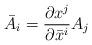
LaTeX: \begin{align*}\bar{A}{}_{i}=\frac{\partial x^{j}}{\partial\bar{x}{}^{i}}A_{j}\end{align*}